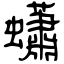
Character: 蠨